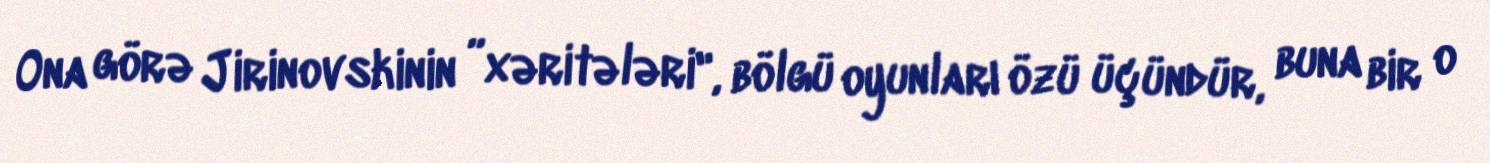
Ona görə Jirinovskinin ”xəritələri", bölgü oyunları özü üçündür, buna bir o